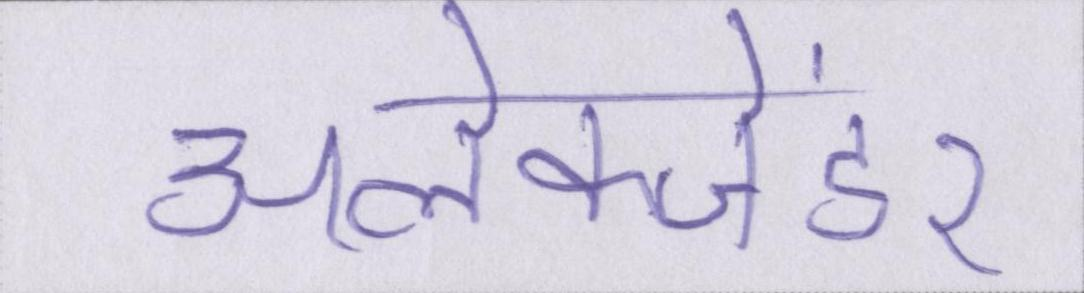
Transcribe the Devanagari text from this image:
अलेक्जेंडर